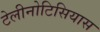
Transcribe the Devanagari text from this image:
टेलीनोटिसियास